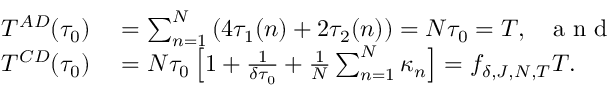
\begin{array} { r l } { T ^ { A D } ( \tau _ { 0 } ) } & { { } = \sum _ { n = 1 } ^ { N } \left( 4 \tau _ { 1 } ( n ) + 2 \tau _ { 2 } ( n ) \right) = N \tau _ { 0 } = T , ~ ~ \mathrm { ~ a ~ n ~ d ~ } } \\ { T ^ { C D } ( \tau _ { 0 } ) } & { { } = N \tau _ { 0 } \left[ 1 + \frac { 1 } { \delta \tau _ { 0 } } + \frac { 1 } { N } \sum _ { n = 1 } ^ { N } \kappa _ { n } \right] = f _ { \delta , J , N , T } T . } \end{array}